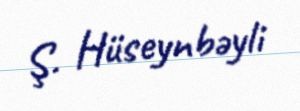
Ş. Hüseynbəyli